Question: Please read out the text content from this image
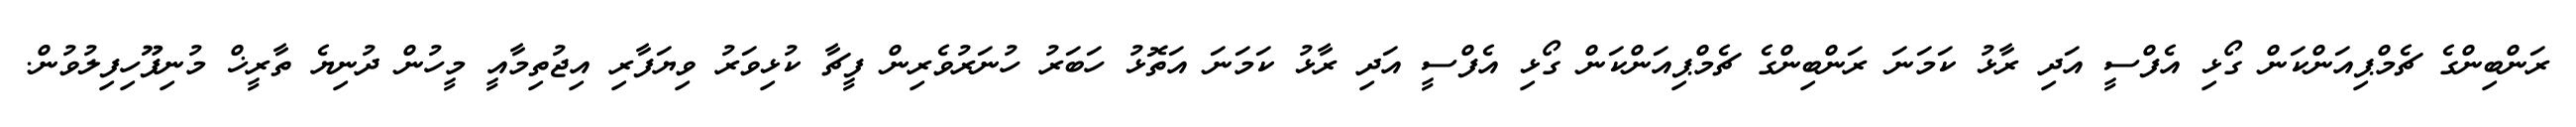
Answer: ރަންބިންގެ ޗެމްޕިއަންކަން ގޯޅި އެފްސީ އަދި ރާޅު ކަމަނަ ރަންބިންގެ ޗެމްޕިއަންކަން ގޯޅި އެފްސީ އަދި ރާޅު ކަމަނަ އަތޮޅު ހަބަރު ހުނަރުވެރިން ފީޗާ ކުޅިވަރު ވިޔަފާރި އިޖުތިމާއީ މީހުން ދުނިޔެ ތާރީޚް މުނިފޫހިފިލުވުން.